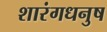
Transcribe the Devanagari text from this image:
शारंगधनुष